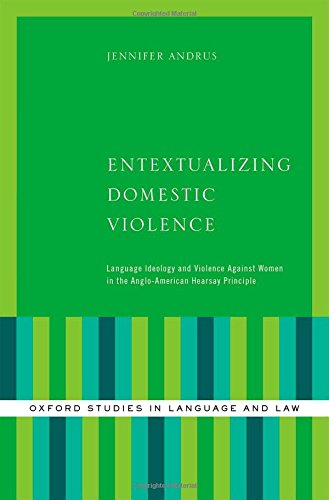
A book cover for Entextualizing Domestic Violence: Language Ideology and Violence Against Women in the Anglo-American Hearsay Principle (Oxford Studies in Language and Law); Jennifer Andrus; Law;